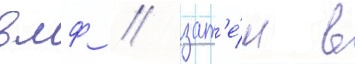
вмф / зат'е́м в